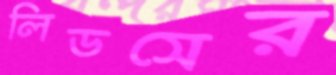
লিডসের